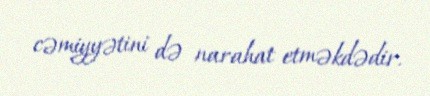
cəmiyyətini də narahat etməkdədir.